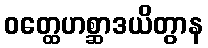
ဝတ္ထေဟစ္ဆာဒယိတွာန